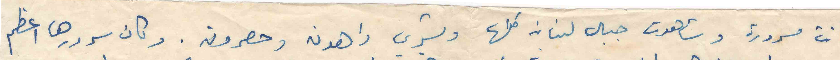
كانت مسرورة وشاهدت جبال لبنان كلها وبشري واهدن وحصرون. وكان سرورها اعظم